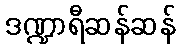
ဒဏ္ဍာရီဆန်ဆန်